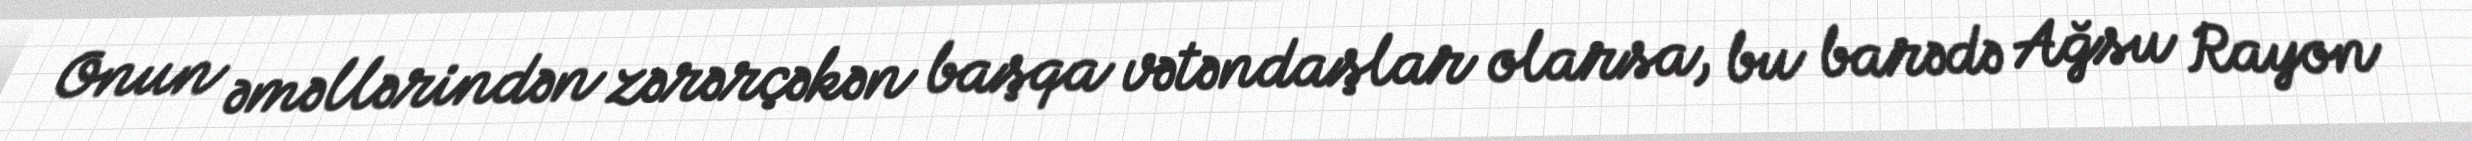
Onun əməllərindən zərərçəkən başqa vətəndaşlar olarsa, bu barədə Ağsu Rayon